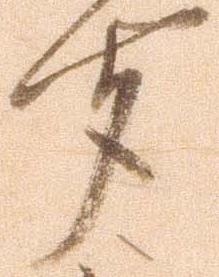
聞